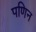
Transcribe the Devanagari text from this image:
पणिन